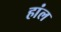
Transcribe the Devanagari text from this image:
हांल